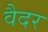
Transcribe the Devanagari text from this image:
वैदर